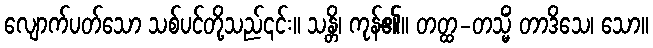
လျောက်ပတ်သော သစ်ပင်တို့သည်၎င်း။ သန္တိ၊ ကုန်၏။ တတ္ထ-တသ္မိံ တာဒိသေ၊ သော။